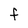
Character: F